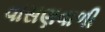
વાસણવાળી